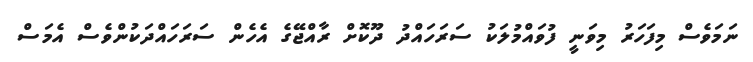
ނަމަވެސް މިފަހަރު މިވަނީ ފުވައްމުލަކު ސަރަހައްދު ދޫކޮށް ރާއްޖޭގެ އެހެން ސަރަހައްދަކުންވެސް އެމަސް